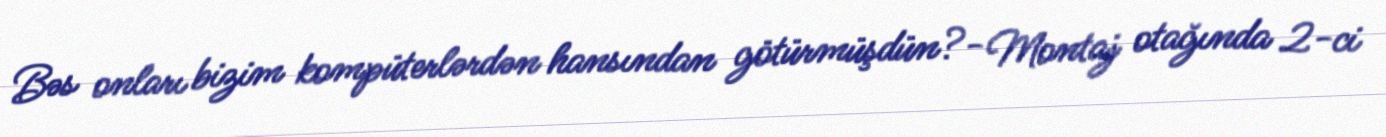
Bəs onları bizim kompüterlərdən hansından götürmüşdün?- Montaj otağında 2-ci